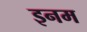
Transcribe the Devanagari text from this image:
इनम